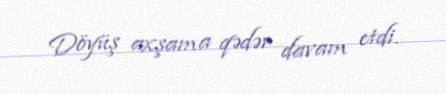
Döyüş axşama qədər davam etdi.